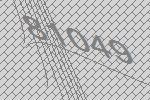
81049